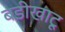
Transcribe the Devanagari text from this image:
बडीखाटू